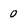
Character: 0